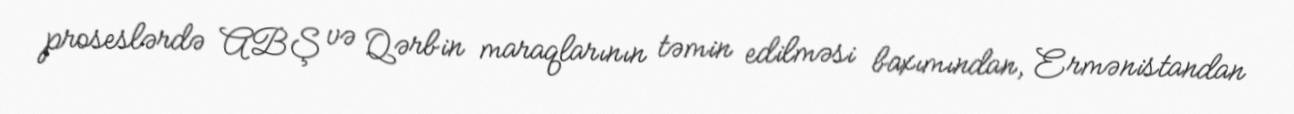
proseslərdə ABŞ və Qərbin maraqlarının təmin edilməsi baxımından, Ermənistandan